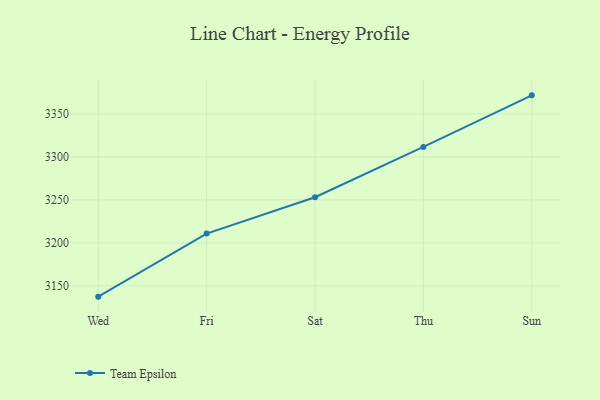
{"axis": {"x": "Day", "y": "Net Income (USD K)"}, "legend": ["Team Epsilon"], "data": [{"x": "Wed", "y": 3137.4, "type": "Team Epsilon"}, {"x": "Fri", "y": 3210.8, "type": "Team Epsilon"}, {"x": "Sat", "y": 3253.1, "type": "Team Epsilon"}, {"x": "Thu", "y": 3311.7, "type": "Team Epsilon"}, {"x": "Sun", "y": 3371.7, "type": "Team Epsilon"}]}